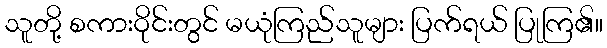
သူတို့ စကားဝိုင်းတွင် မယုံကြည်သူများ ပြက်ရယ် ပြုကြ၏။